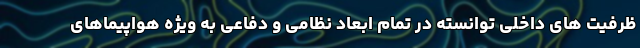
ظرفیت های داخلی توانسته در تمام ابعاد نظامی و دفاعی به ویژه هواپیماهای